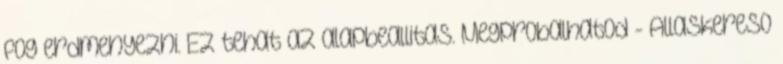
fog erdmenyezni. Ez tehat az alapbeallitas. Megprobalhatod - Allaskereso